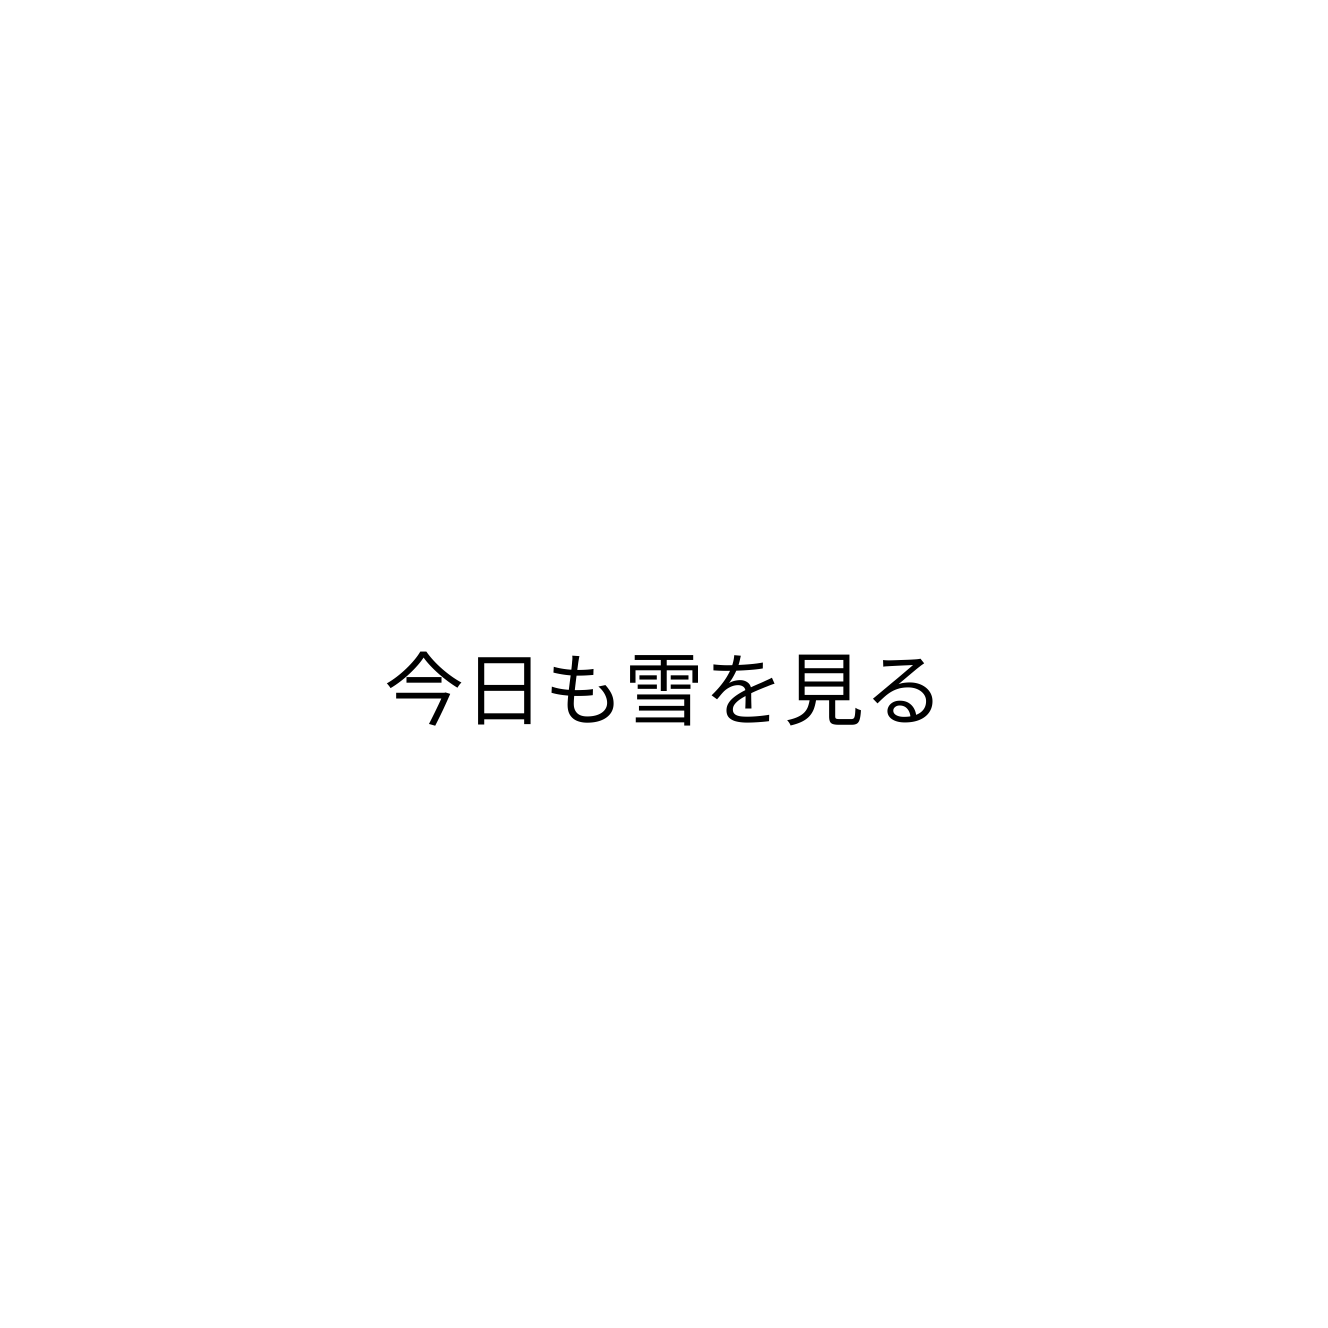
今日も雪を見る